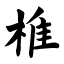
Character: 椎